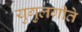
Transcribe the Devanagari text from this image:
युगुलगीते